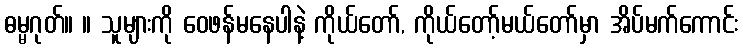
ဓမ္မဂုတ်။ ။ သူများကို ဝေဖန်မနေပါနဲ့ ကိုယ်တော်, ကိုယ်တော့်မယ်တော်မှာ အိပ်မက်ကောင်း